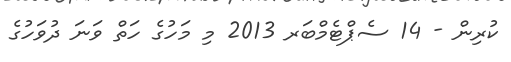
ކުރިން - 14 ސެޕްޓެމްބަރ 2013 މި މަހުގެ ހަތް ވަނަ ދުވަހުގެ